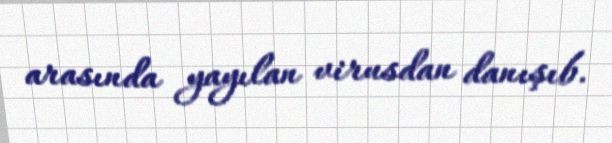
arasında yayılan virusdan danışıb.